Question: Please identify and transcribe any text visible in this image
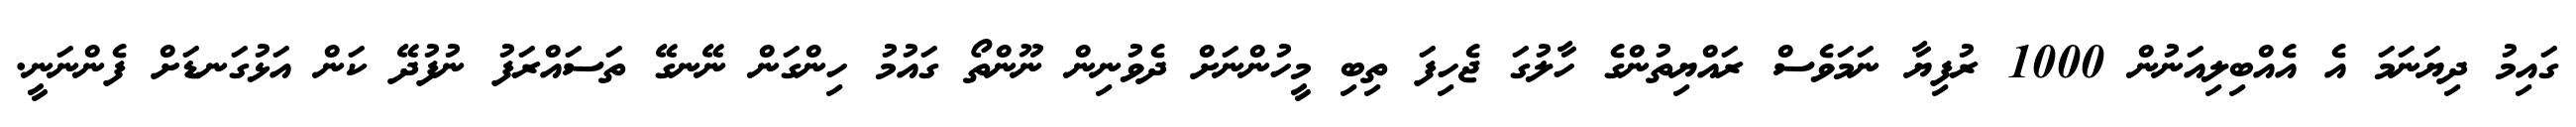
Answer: ގައިމު ދިޔަނަމަ އެ އެއްބިލިއަނުން 1000 ރުފިޔާ ނަމަވެސް ރައްޔިތުންގެ ހާލުގަ ޖެހިފަ ތިބި މީހުންނަށް ދެވުނިން ނޫންތޯ ގައުމު ހިންގަން ނޭނގޭ ތަސައްރަފު ނުފުދޭ ކަން އަޅުގަނޑަށް ފެންނަނީ.